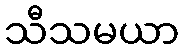
သီသမယာ